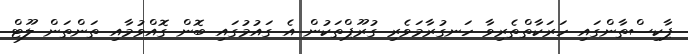
ޕާކިސްތާންގައި ހަރަކާތްތެރިވާ ހަނގުރާމަވެރި ގުރޫޕްތަކުން އެ ގައުމުގައި ބޮން ގޮއްވުމާއި ތަންތަން ލޫޓް